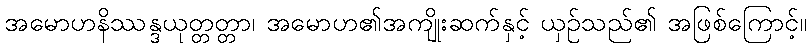
အမောဟနိဿန္ဒယုတ္တတ္တာ၊ အမောဟ၏အကျိုးဆက်နှင့် ယှဉ်သည်၏ အဖြစ်ကြောင့်။